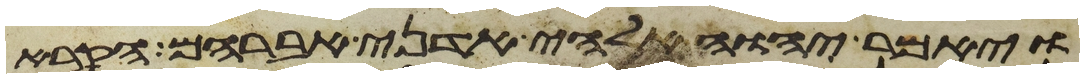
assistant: ויאמר יהוה אלהי אדני אברהם הקרא